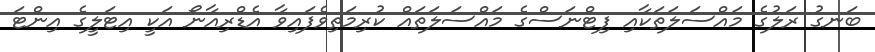
ބަނގު ރަލުގެ މައްސަލަތަކާއި ފިޓްނަސްގެ މައްސަލަތައް ކުރިމަތިވެފައިވާ އެޑްރިއާނޯ އަކީ އިޓަލީގެ އިންޓަ